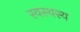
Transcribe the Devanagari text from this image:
स्वस्थस्य